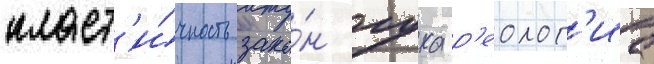
пласт'и́чность зако́н гука р'еолог'иа